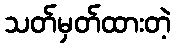
သတ်မှတ်ထားတဲ့